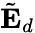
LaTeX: \tilde{\mathbf{E}}_{d}